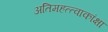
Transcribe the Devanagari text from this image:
अतिमहत्त्वाकांक्षा